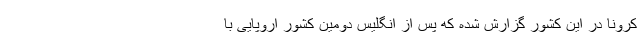
کرونا در این کشور گزارش شده که پس از انگلیس دومین کشور اروپایی با